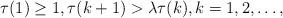
LaTeX: \begin{align*}\tau(1)\ge 1,\tau(k+1)>\lambda \tau(k),k=1,2,\ldots,\end{align*}